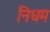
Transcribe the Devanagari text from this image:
निधम